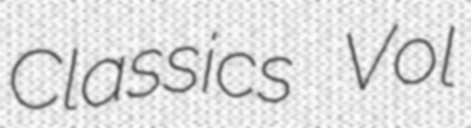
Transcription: Classics Vol